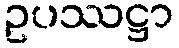
ဥပဿဋ္ဌာ